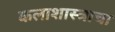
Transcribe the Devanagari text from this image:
कलाशास्त्राचा